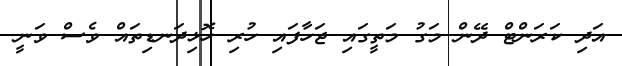
އަދި ކަރަންޓް ދޭން މަގު މަތީގައި ޖަހާފައި ހުރި ހޮޅިދަނޑިތައް ވެސް ވަނީ